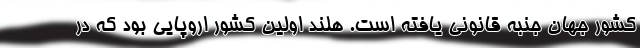
کشور جهان جنبه قانونی یافته است. هلند اولین کشور اروپایی بود که در